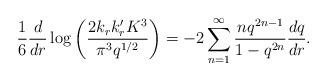
LaTeX: \begin{align*}\frac{1}{6}\frac{d}{dr}\log\left(\frac{2k_rk'_rK^3}{\pi^3q^{1/2}}\right)=-2\sum^{\infty}_{n=1}\frac{nq^{2n-1}}{1-q^{2n}}\frac{dq}{dr}.\end{align*}